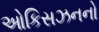
ઓકિસઝનનો